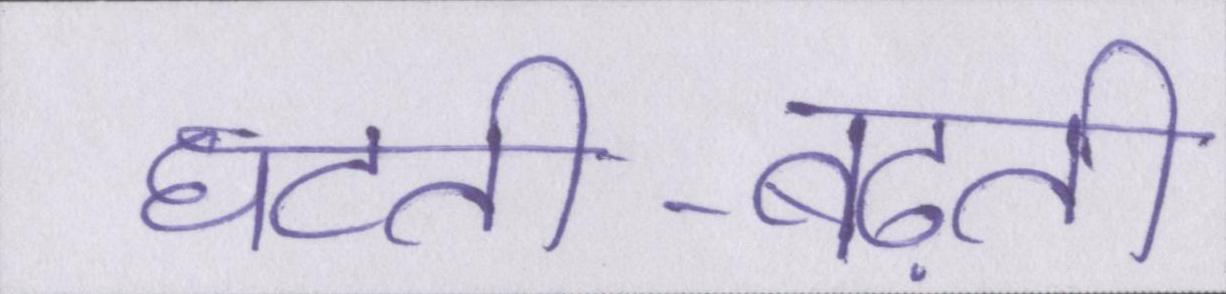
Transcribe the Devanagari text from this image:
घटती-बढ़ती